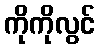
ကိုကိုလွင်